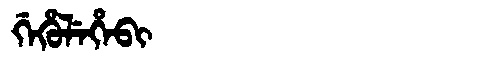
Manchu: ᡤᡝᡥᡠᠯᡝᡥᡝᠪᡳ
Romanization: GEHULEHEBI